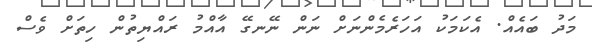
މަދު ބައެއް. އެކަމަކު އަހަރެމެންނަށް ނަން ނޭނގޭ އާއްމު ރައްޔިތުން ހިތަށް ވެސް